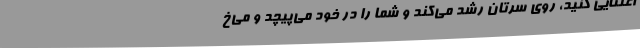
اعتنایی کنید، روی سرتان رشد می‌کند و شما را در خود می‌پیچد و می‌خ